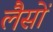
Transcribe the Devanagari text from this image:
लैसों